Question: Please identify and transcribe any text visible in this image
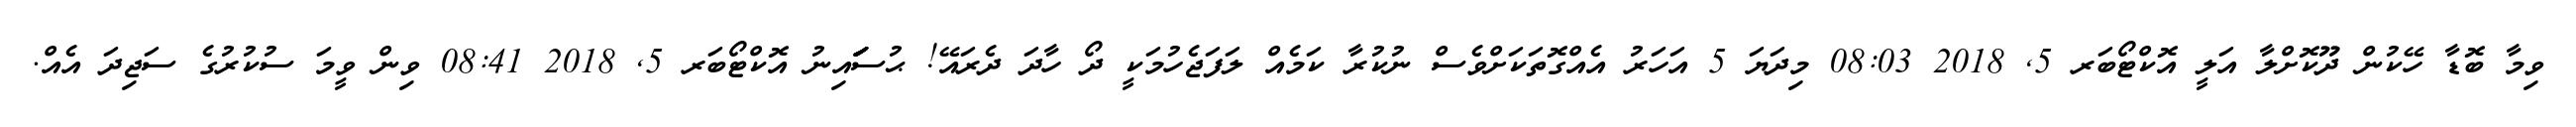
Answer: ވިމާ ބޮޑާ ހޭކުން ދޫކޮށްލާ އަލީ އޮކްޓޯބަރ 5, 2018 08:03 މިދަޔަ 5 އަހަރު އެއްގޮތަކަށްވެސް ނުކުރާ ކަމެއް ލަފަޖެހުމަކީ ދޯ ހާދަ ދެރައޭ! ޙުސަަަަަަަައިނު އޮކްޓޯބަރ 5, 2018 08:41 ވިން ވީމަ ސުކުރުގެ ސަޖިދަ އެއް.